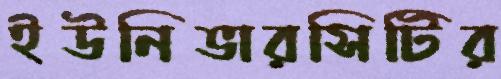
ইউনিভারসিটির